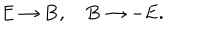
LaTeX: \mathbf { E } \rightarrow \mathbf { B } , ~ \mathbf { B } \rightarrow - \mathbf { E } .